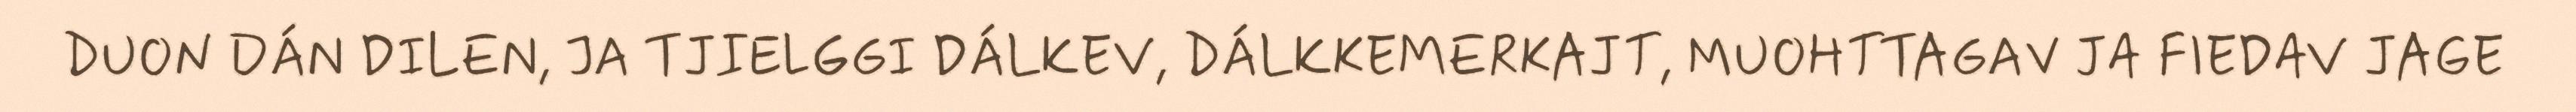
DUON DÁN DILEN, JA TJIELGGI DÁLKEV, DÁLKKEMERKAJT, MUOHTTAGAV JA FIEDAV JAGE